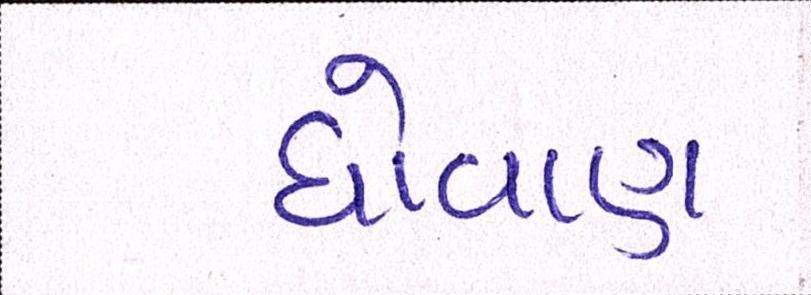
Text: ધોવાણ